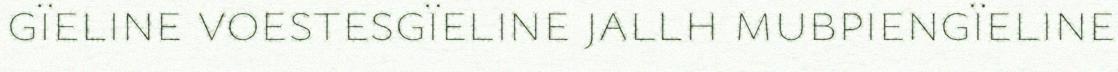
gïeline voestesgïeline jallh mubpiengïeline